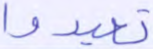
تعبدوا